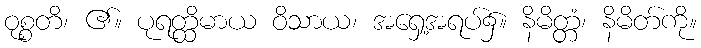
ဝုစ္စတိ၊ ၏။ ပုရတ္ထိမာယ ဝိသာယ၊ အရှေ့အရပ်၌။ နိမိတ္တံ၊ နိမိတ်ကို။